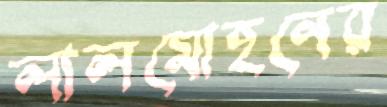
লালমোহনের